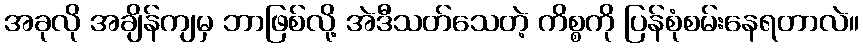
အခုလို အချိန်ကျမှ ဘာဖြစ်လို့ အဲဒီသတ်သေတဲ့ ကိစ္စကို ပြန်စုံစမ်းနေရတာလဲ။